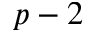
p - 2